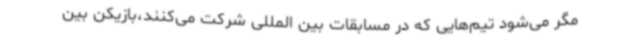
مگر می‌شود تیم‌هایی که در مسابقات بین المللی شرکت می‌کنند،بازیکن بین